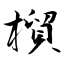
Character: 橮